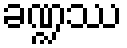
ခဏ္ဍဿ